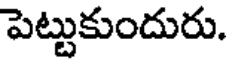
పెట్టుకుందురు.